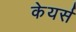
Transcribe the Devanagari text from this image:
केयर्स